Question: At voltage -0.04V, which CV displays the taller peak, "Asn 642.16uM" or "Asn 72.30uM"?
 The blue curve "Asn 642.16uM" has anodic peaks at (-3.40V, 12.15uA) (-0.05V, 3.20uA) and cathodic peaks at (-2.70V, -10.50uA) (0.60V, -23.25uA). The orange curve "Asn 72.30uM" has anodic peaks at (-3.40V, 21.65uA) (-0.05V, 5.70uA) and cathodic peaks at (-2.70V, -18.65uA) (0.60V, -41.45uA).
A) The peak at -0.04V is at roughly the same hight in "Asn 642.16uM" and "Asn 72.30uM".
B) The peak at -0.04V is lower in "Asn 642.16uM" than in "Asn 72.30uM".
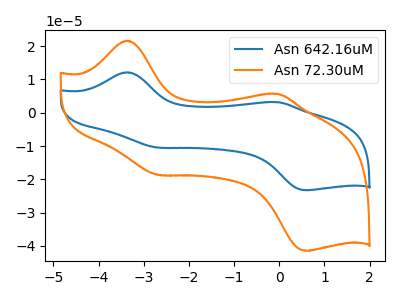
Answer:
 <answer>B) The peak at -0.04V is lower in "Asn 642.16uM" than in "Asn 72.30uM".</answer>
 <eval>B</eval>